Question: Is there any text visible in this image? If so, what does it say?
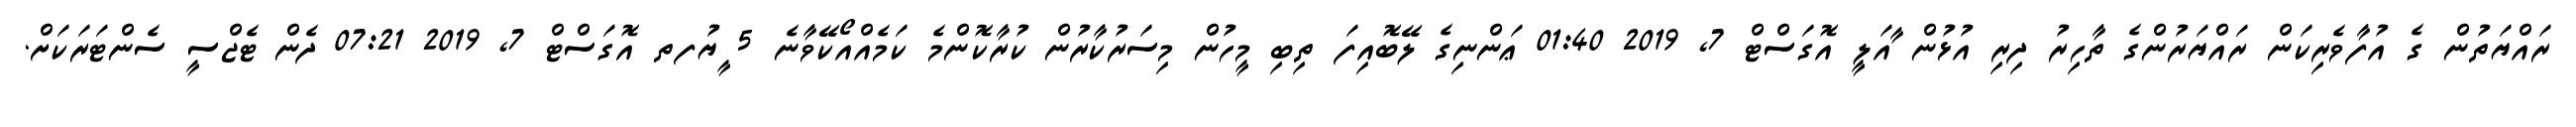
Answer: ރައްޔަތުން ގެ އުފާވެރިކަން ރައްޔަރުންގެ ތާހިރު ދިރި އުޅުން ާއަލީ އޮގަސްޓް 7, 2019 01:40 ޢަންނިގެ ލޭބޮއިފަ ތިބި މީހުން މިސަރުކާރުން ކުރާކޮންމެ ކަމެއްއޯކޭވާނެ 5 ީޔުފތ އޮގަސްޓް 7, 2019 07:21 ދެން ޓެޖްސީ ސެންޓަރަކަށް.